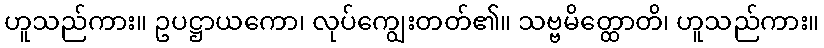
ဟူသည်ကား။ ဥပဋ္ဌာယကော၊ လုပ်ကျွေးတတ်၏။ သဗ္ဗမိတ္ထောတိ၊ ဟူသည်ကား။